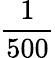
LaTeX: \frac{1}{500}